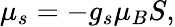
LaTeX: \mu_{s}=-g_{s}\mu_{B}S,